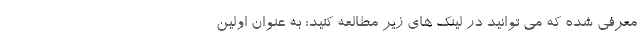
معرفی شده که می توانید در لینک های زیر مطالعه کنید: به عنوان اولین